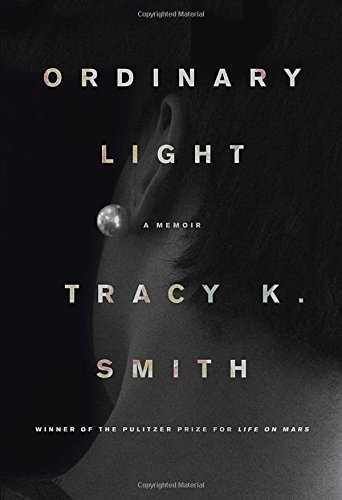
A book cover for Ordinary Light: A memoir; Tracy K. Smith; Biographies & Memoirs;